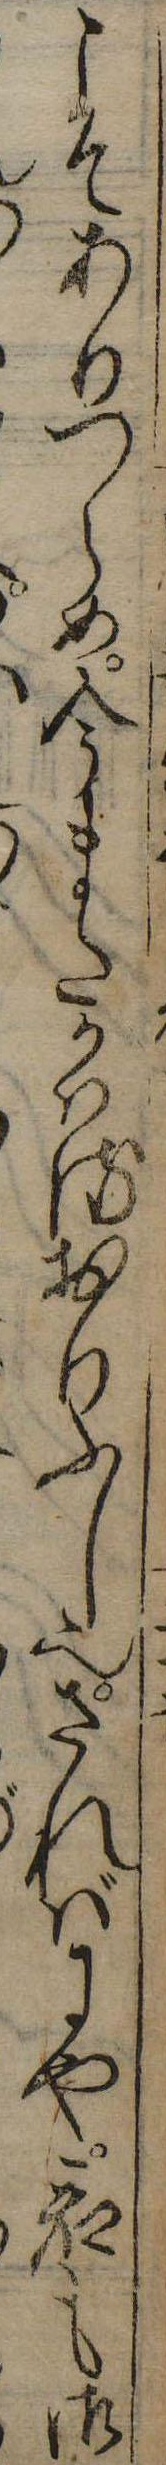
こそありつらめ今またかはるおりふし也さればにや君も御